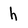
Character: h